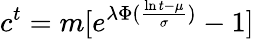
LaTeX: c^{t}=m[e^{\lambda\Phi(\frac{\ln{t}-\mu}{\sigma})}-1]